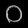
Digit: ၀